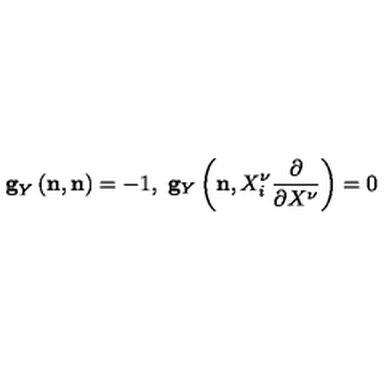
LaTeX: { } { \bf g } _ { Y } \left( { \bf n } , { \bf n } \right) = - 1 , \ { \bf g } _ { Y } \left( { \bf n } , X _ { i } ^ { \nu } \frac { \partial } { \partial X ^ { \nu } } \right) = 0